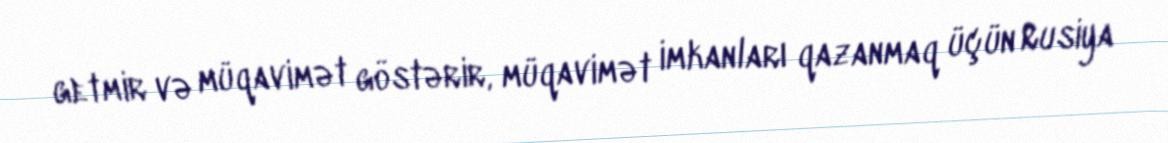
getmir və müqavimət göstərir, müqavimət imkanları qazanmaq üçün Rusiya